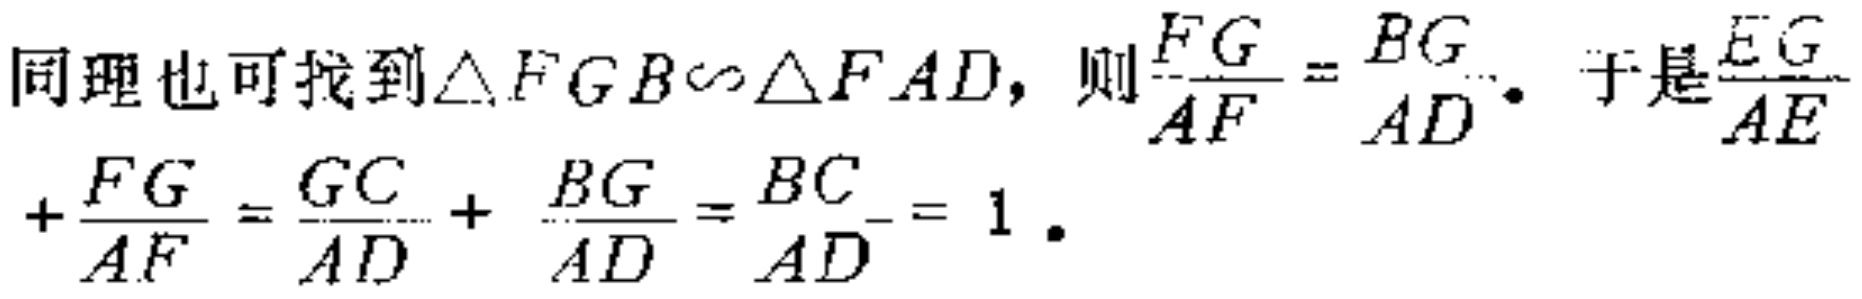
同理也可找到$\triangle FGB\sim\triangle FAD$，则$\frac{FG}{AF}=\frac{BG}{AD}$。于是$\frac{EG}{AE}+\frac{FG}{AF}=\frac{GC}{AD}+\frac{BG}{AD}=\frac{BC}{AD}=1$。